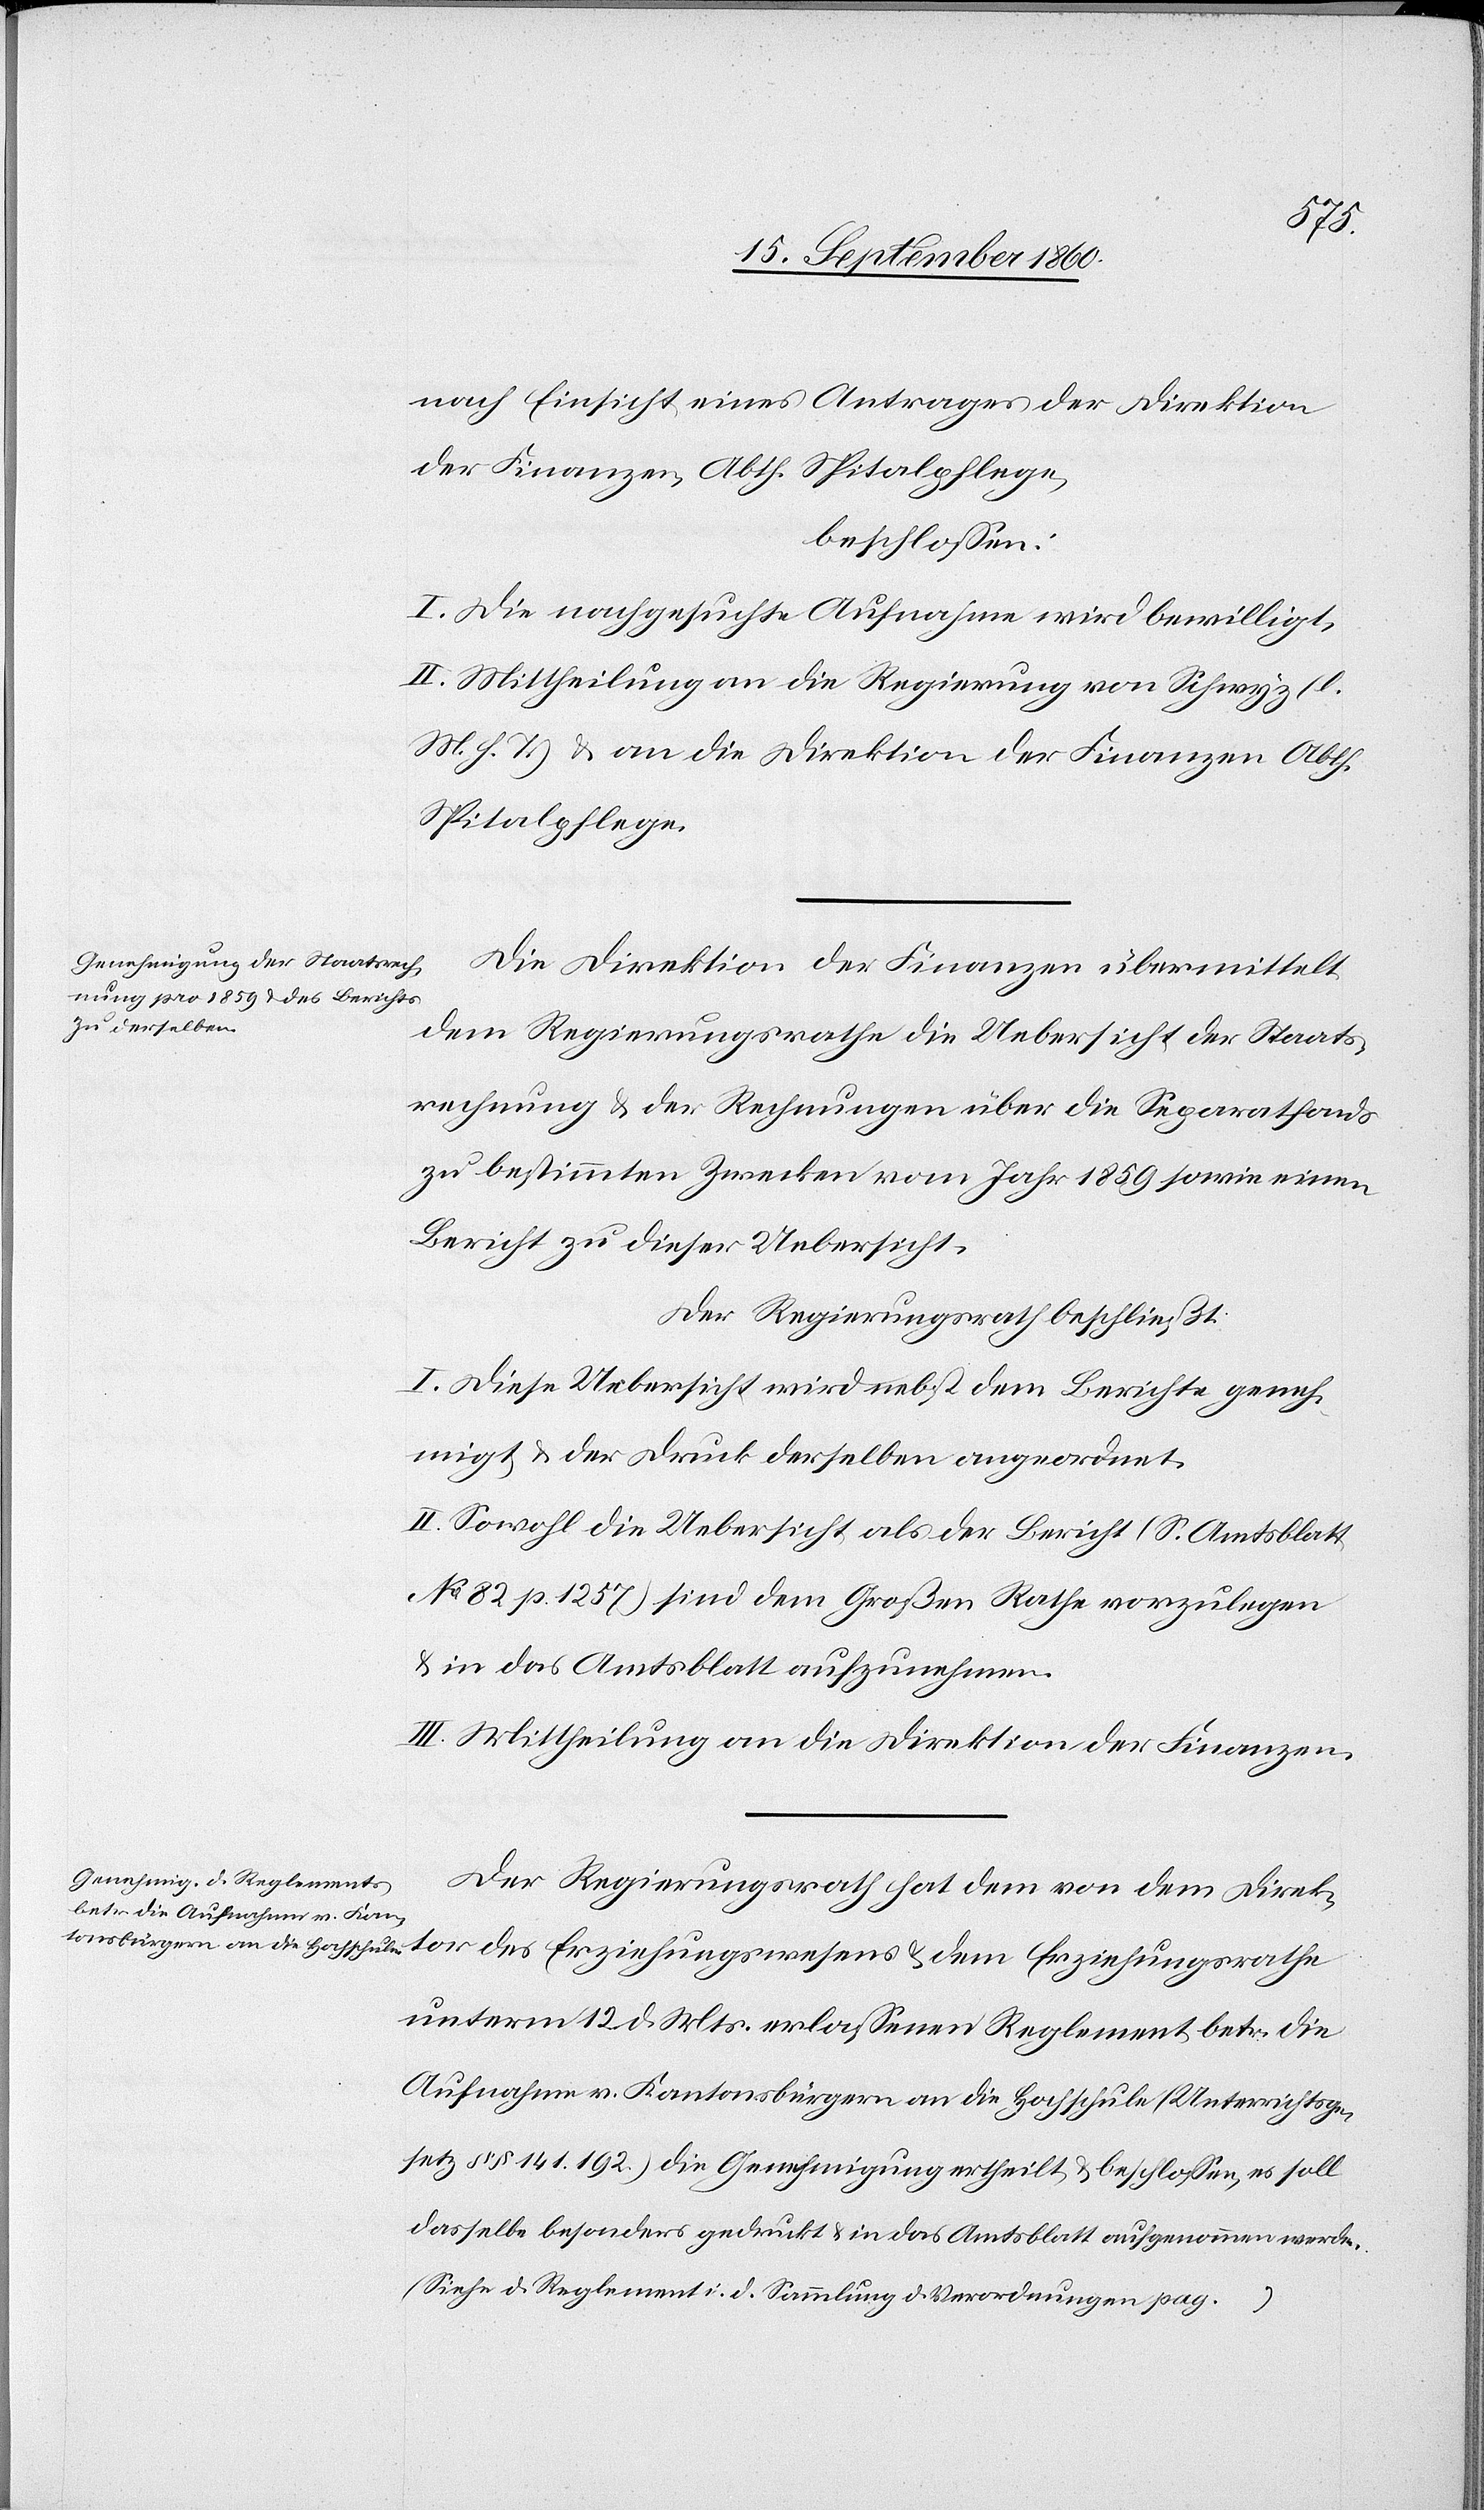
tor
nach Einsicht eines Antrages der Direktion
der Finanzen, Abth. Spitalpflege,
beschlossen:
I. Die nachgesuchte Aufnahme wird bewilligt.
II. Mittheilung an die Regierung von Schwyz (l.
M. h. T.) & an die Direktion der Finanzen Abth.
Spitalpflege.
Die Direktion der Finanzen übermittelt
hungsrathe
dem Regierungsrathe die Uebersicht der Staats¬
rechnung & der Rechnungen über die Separathfonds
zu bestimmten Zwecken vom Jahr 1859 sowie einen
Bericht zu dieser Uebersicht.
Der Regierungsrath beschließt:
I. Diese Uebersicht wird nebst dem Berichte geneh¬
migt & der Druck derselben angeordnet.
II. Sowohl die Uebersicht als der Bericht (S. Amtsblatt
No 82 p. 1257) sind dem Großen Rathe vorzulegen
& in das Amtsblatt aufzunehmen.
III. Mittheilung an die Direktion der Finanzen.
Der Regierungsrath hat dem von dem Direk¬
unterm 12. d. Mts. erlassenen Reglement betr. die
Aufnahme v. Kantonsbürgern an die Hochschule (Unterrichtsge¬
setz §§ 141 192) die Genehmigung ertheilt & beschlossen, es soll
dasselbe besonders gedruckt & in das Amtsblatt aufgenommen werden.
(Siehe d. Reglement i. d. Sammlung d. Verordnungen pag.
…